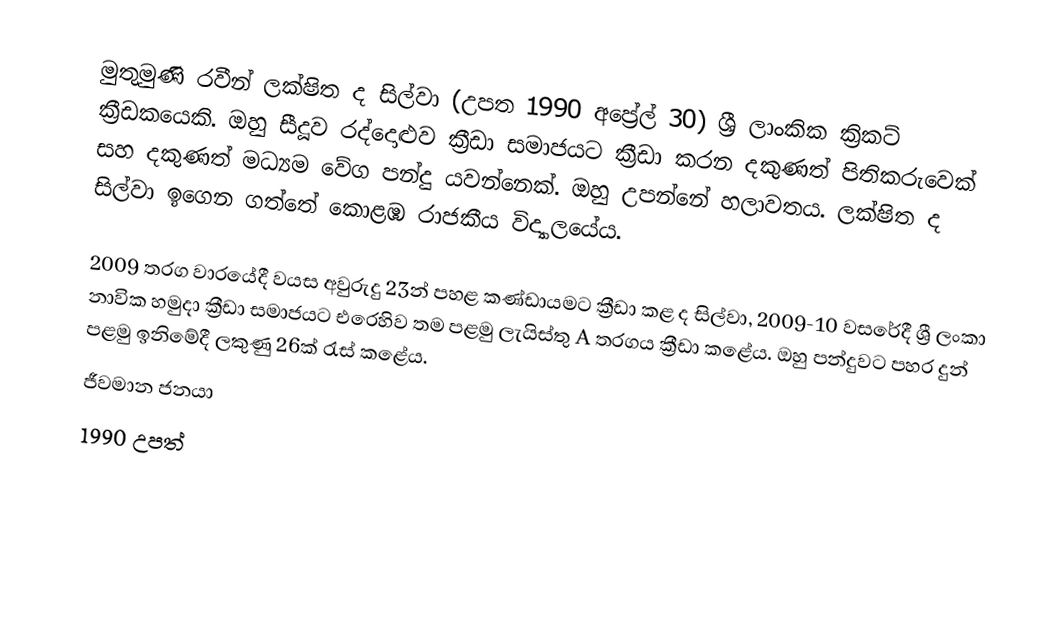
මුතුමුණි රවීන් ලක්ෂිත ද සිල්වා (උපත 1990 අප්‍රේල් 30) ශ්‍රී ලාංකික ක්‍රිකට් ක්‍රීඩකයෙකි. ඔහු සීදූව රද්දොළුව ක්‍රීඩා සමාජයට ක්‍රීඩා කරන දකුණත් පිතිකරුවෙක් සහ දකුණත් මධ්‍යම වේග පන්දු යවන්නෙක්. ඔහු උපන්නේ හලාවතය. ලක්ෂිත ද සිල්වා ඉගෙන ගත්තේ කොළඹ රාජකීය විද්‍යාලයේය.

2009 තරග වාරයේදී වයස අවුරුදු 23න් පහළ කණ්ඩායමට ක්‍රීඩා කළ ද සිල්වා, 2009-10 වසරේදී ශ්‍රී ලංකා නාවික හමුදා ක්‍රීඩා සමාජයට එරෙහිව තම පළමු ලැයිස්තු A තරගය ක්‍රීඩා කළේය. ඔහු පන්දුවට පහර දුන් පළමු ඉනිමේදී ලකුණු 26ක් රැස් කළේය.
ජීවමාන ජනයා
1990 උපත්